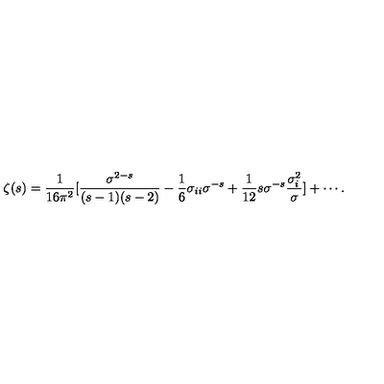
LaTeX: \zeta ( s ) = { \frac { 1 } { 1 6 \pi ^ { 2 } } } [ { \frac { \sigma ^ { 2 - s } } { ( s - 1 ) ( s - 2 ) } } - { \frac { 1 } { 6 } } \sigma _ { i i } \sigma ^ { - s } + { \frac { 1 } { 1 2 } } s \sigma ^ { - s } { \frac { \sigma _ { i } ^ { 2 } } { \sigma } } ] + \cdots .